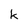
Character: k